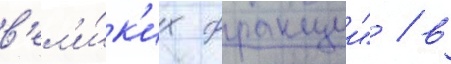
в'ел'и́к'их фракции" / в